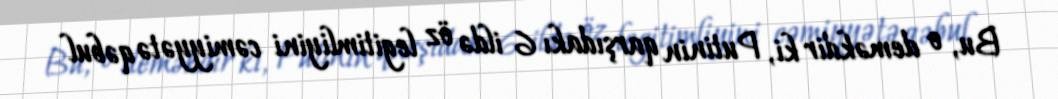
Bu, o deməkdir ki, Putinin qarşıdakı 6 ildə öz legitimliyini cəmiyyətə qəbul